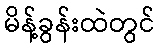
မိန့်ခွန်းထဲတွင်